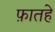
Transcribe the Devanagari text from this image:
फ़ातहे